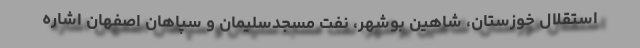
استقلال خوزستان، شاهین بوشهر، نفت مسجدسلیمان و سپاهان اصفهان اشاره